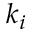
k _ { i }